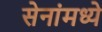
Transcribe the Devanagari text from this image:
सेनांमध्ये